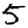
Digit: 5